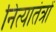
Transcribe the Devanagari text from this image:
नित्यातंत्रों